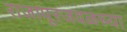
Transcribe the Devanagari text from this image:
राजापूरजवळच्या